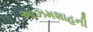
આઝમશાહની